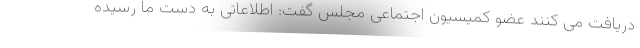
دریافت می کنند عضو کمیسیون اجتماعی مجلس گفت: اطلاعاتی به دست ما رسیده